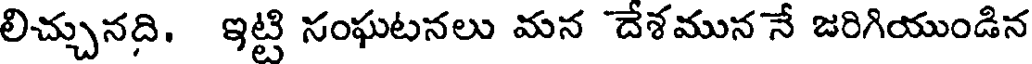
లిచ్చునది. ఇట్టి సంఘటనలు మన దేశమున నే జరిగియుండిన